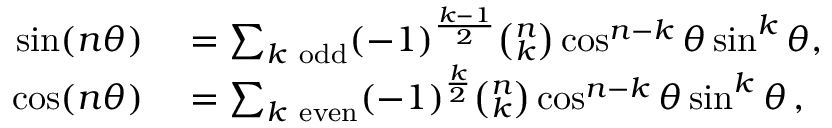
\begin{array} { r l } { \sin ( n \theta ) } & { { } = \sum _ { k { \mathrm { ~ o d d } } } ( - 1 ) ^ { \frac { k - 1 } { 2 } } { \binom { n } { k } } \cos ^ { n - k } \theta \sin ^ { k } \theta , } \\ { \cos ( n \theta ) } & { { } = \sum _ { k { \mathrm { ~ e v e n } } } ( - 1 ) ^ { \frac { k } { 2 } } { \binom { n } { k } } \cos ^ { n - k } \theta \sin ^ { k } \theta \, , } \end{array}